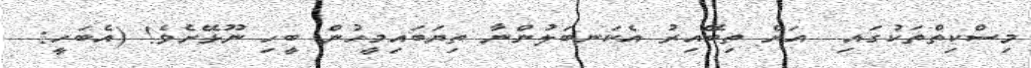
މިސްކިތްތަކުގައި  އަށް ތިބޭއިރު އެކަނބަލުންނާ ތިޔަބައިމީހުން ބީހި ނޫޅޭށެވެ! (އެބަހީ: